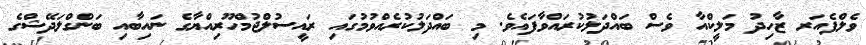
ވެލްފެއަރ ޒާހިދު މަލީކްއާ ވެސް ބައްދަލުކުރައްވާފައެވެ. މި ބައްދަލުކުރެއްވުމުގައި ރައީސުލްޖުމްހޫރިއްޔާގެ ނައިބާއި ބަންގްލަދޭޝްގެ